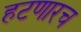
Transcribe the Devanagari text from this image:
हटणारच